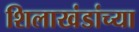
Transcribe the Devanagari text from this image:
शिलाखंडांच्या